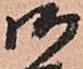
御